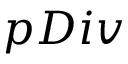
p D i v